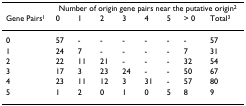
|  | <COLSPAN=8> Number of origin gene pairs near the putative origin2 |
 | Gene Pairs1 | 0 | 1 | 2 | 3 | 4 | 5 | > 0 | Total3 |
 | --- | --- | --- | --- | --- | --- | --- | --- | --- |
 | 0 | 57 | - | - | - | - | - | - | 57 |
 | 1 | 24 | 7 | - | - | - | - | 7 | 31 |
 | 2 | 22 | 11 | 21 | - | - | - | 32 | 54 |
 | 3 | 17 | 3 | 23 | 24 | - | - | 50 | 67 |
 | 4 | 23 | 11 | 12 | 3 | 31 | - | 57 | 80 |
 | 5 | 1 | 2 | 0 | 1 | 0 | 5 | 8 | 9 |